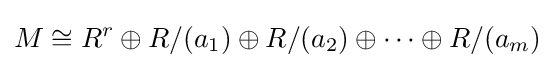
M\cong R^{r}\oplus R/(a_{1})\oplus R/(a_{2})\oplus \cdots \oplus R/(a_{m})